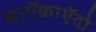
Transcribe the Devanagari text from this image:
साऍकाऍदो